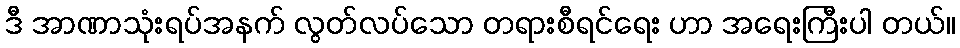
ဒီ အာဏာသုံးရပ်အနက် လွတ်လပ်သော တရားစီရင်ရေး ဟာ အရေးကြီးပါ တယ်။